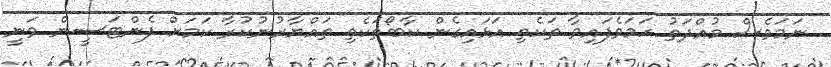
ނަމަވެސް މުއްދަތު ހަމަވެފައިވާ ތަކެތި އަޅައިގެން ކާބޯތަކެތި ތައްޔާރުނުކުރާ ކަމަށް ފެންޓަސީން ވަނީ